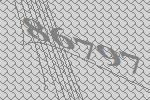
86797